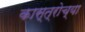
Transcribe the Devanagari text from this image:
कास्त्रोच्या